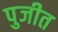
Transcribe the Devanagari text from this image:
पुजीत